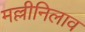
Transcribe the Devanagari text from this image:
मल्लीनिलाव